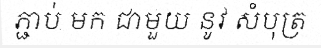
ភ្ជាប់ មក ជាមួយ នូវ សំបុត្រ